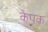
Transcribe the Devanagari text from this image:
केपक